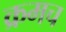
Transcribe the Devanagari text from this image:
क्रमच